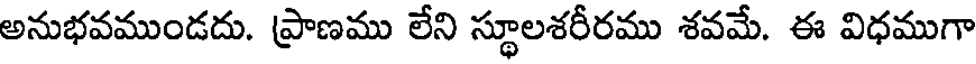
అనుభవముండదు. ప్రాణము లేని స్థూలశరీరము శవమే. ఈ విధముగా